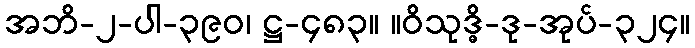
အဘိ-၂-ပါ-၃၉၀၊ ဋ္ဌ-၄၈၃။ ။ဝိသုဒ္ဓိ-ဒု-အုပ်-၃၂၄။